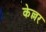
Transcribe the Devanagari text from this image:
केल्लर